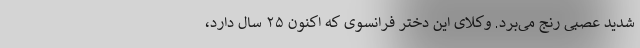
شدید عصبی رنج می‌برد. وکلای این دختر فرانسوی که اکنون ۲۵ سال دارد،